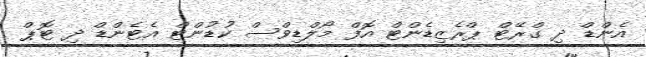
އެންޑް ދި ގްރޭޓް ޕްރެޒިޑެންޓް އޮފް މޯލްޑިވްސް ކުޑުންޓް އެޓެންޑް ދި ޓޮޕް